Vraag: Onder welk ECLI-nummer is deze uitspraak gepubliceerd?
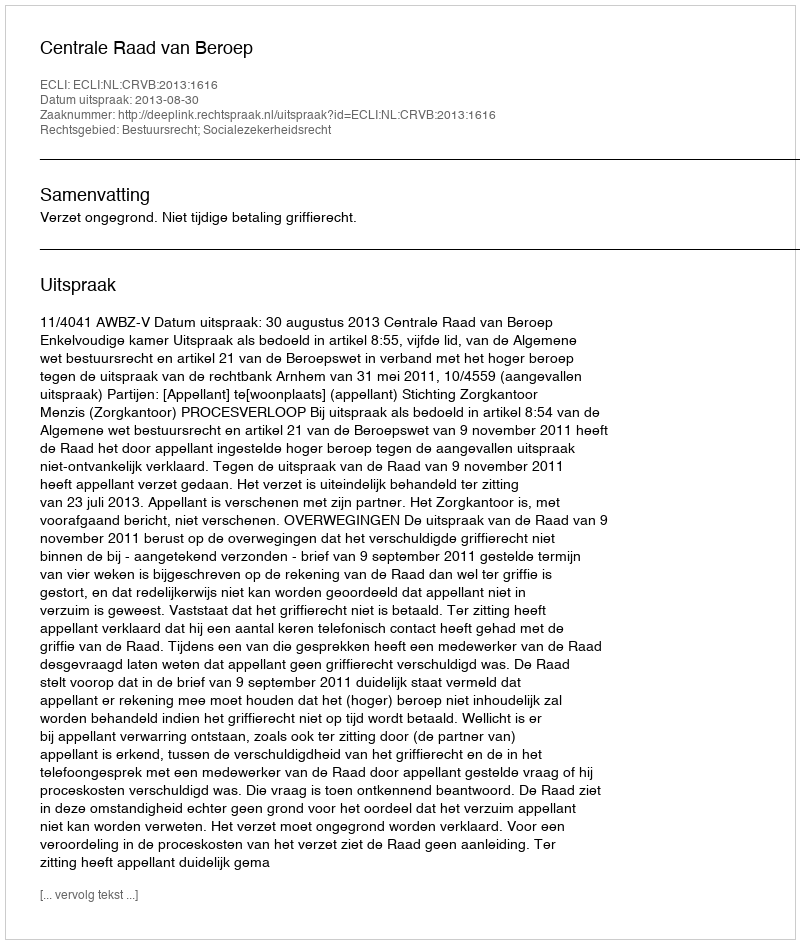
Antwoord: ECLI:NL:CRVB:2013:1616